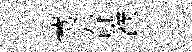
蓂吞濮